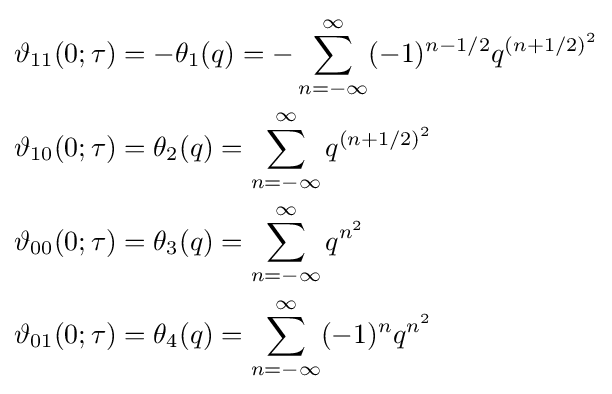
{\begin{aligned}\vartheta _{11}(0;\tau )&=-\theta _{1}(q)=-\sum _{n=-\infty }^{\infty }(-1)^{n-1/2}q^{(n+1/2)^{2}}\\\vartheta _{10}(0;\tau )&=\theta _{2}(q)=\sum _{n=-\infty }^{\infty }q^{(n+1/2)^{2}}\\\vartheta _{00}(0;\tau )&=\theta _{3}(q)=\sum _{n=-\infty }^{\infty }q^{n^{2}}\\\vartheta _{01}(0;\tau )&=\theta _{4}(q)=\sum _{n=-\infty }^{\infty }(-1)^{n}q^{n^{2}}\end{aligned}}